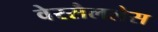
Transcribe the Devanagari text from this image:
वेरसैललेस